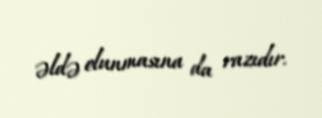
əldə olunmasına da razıdır.